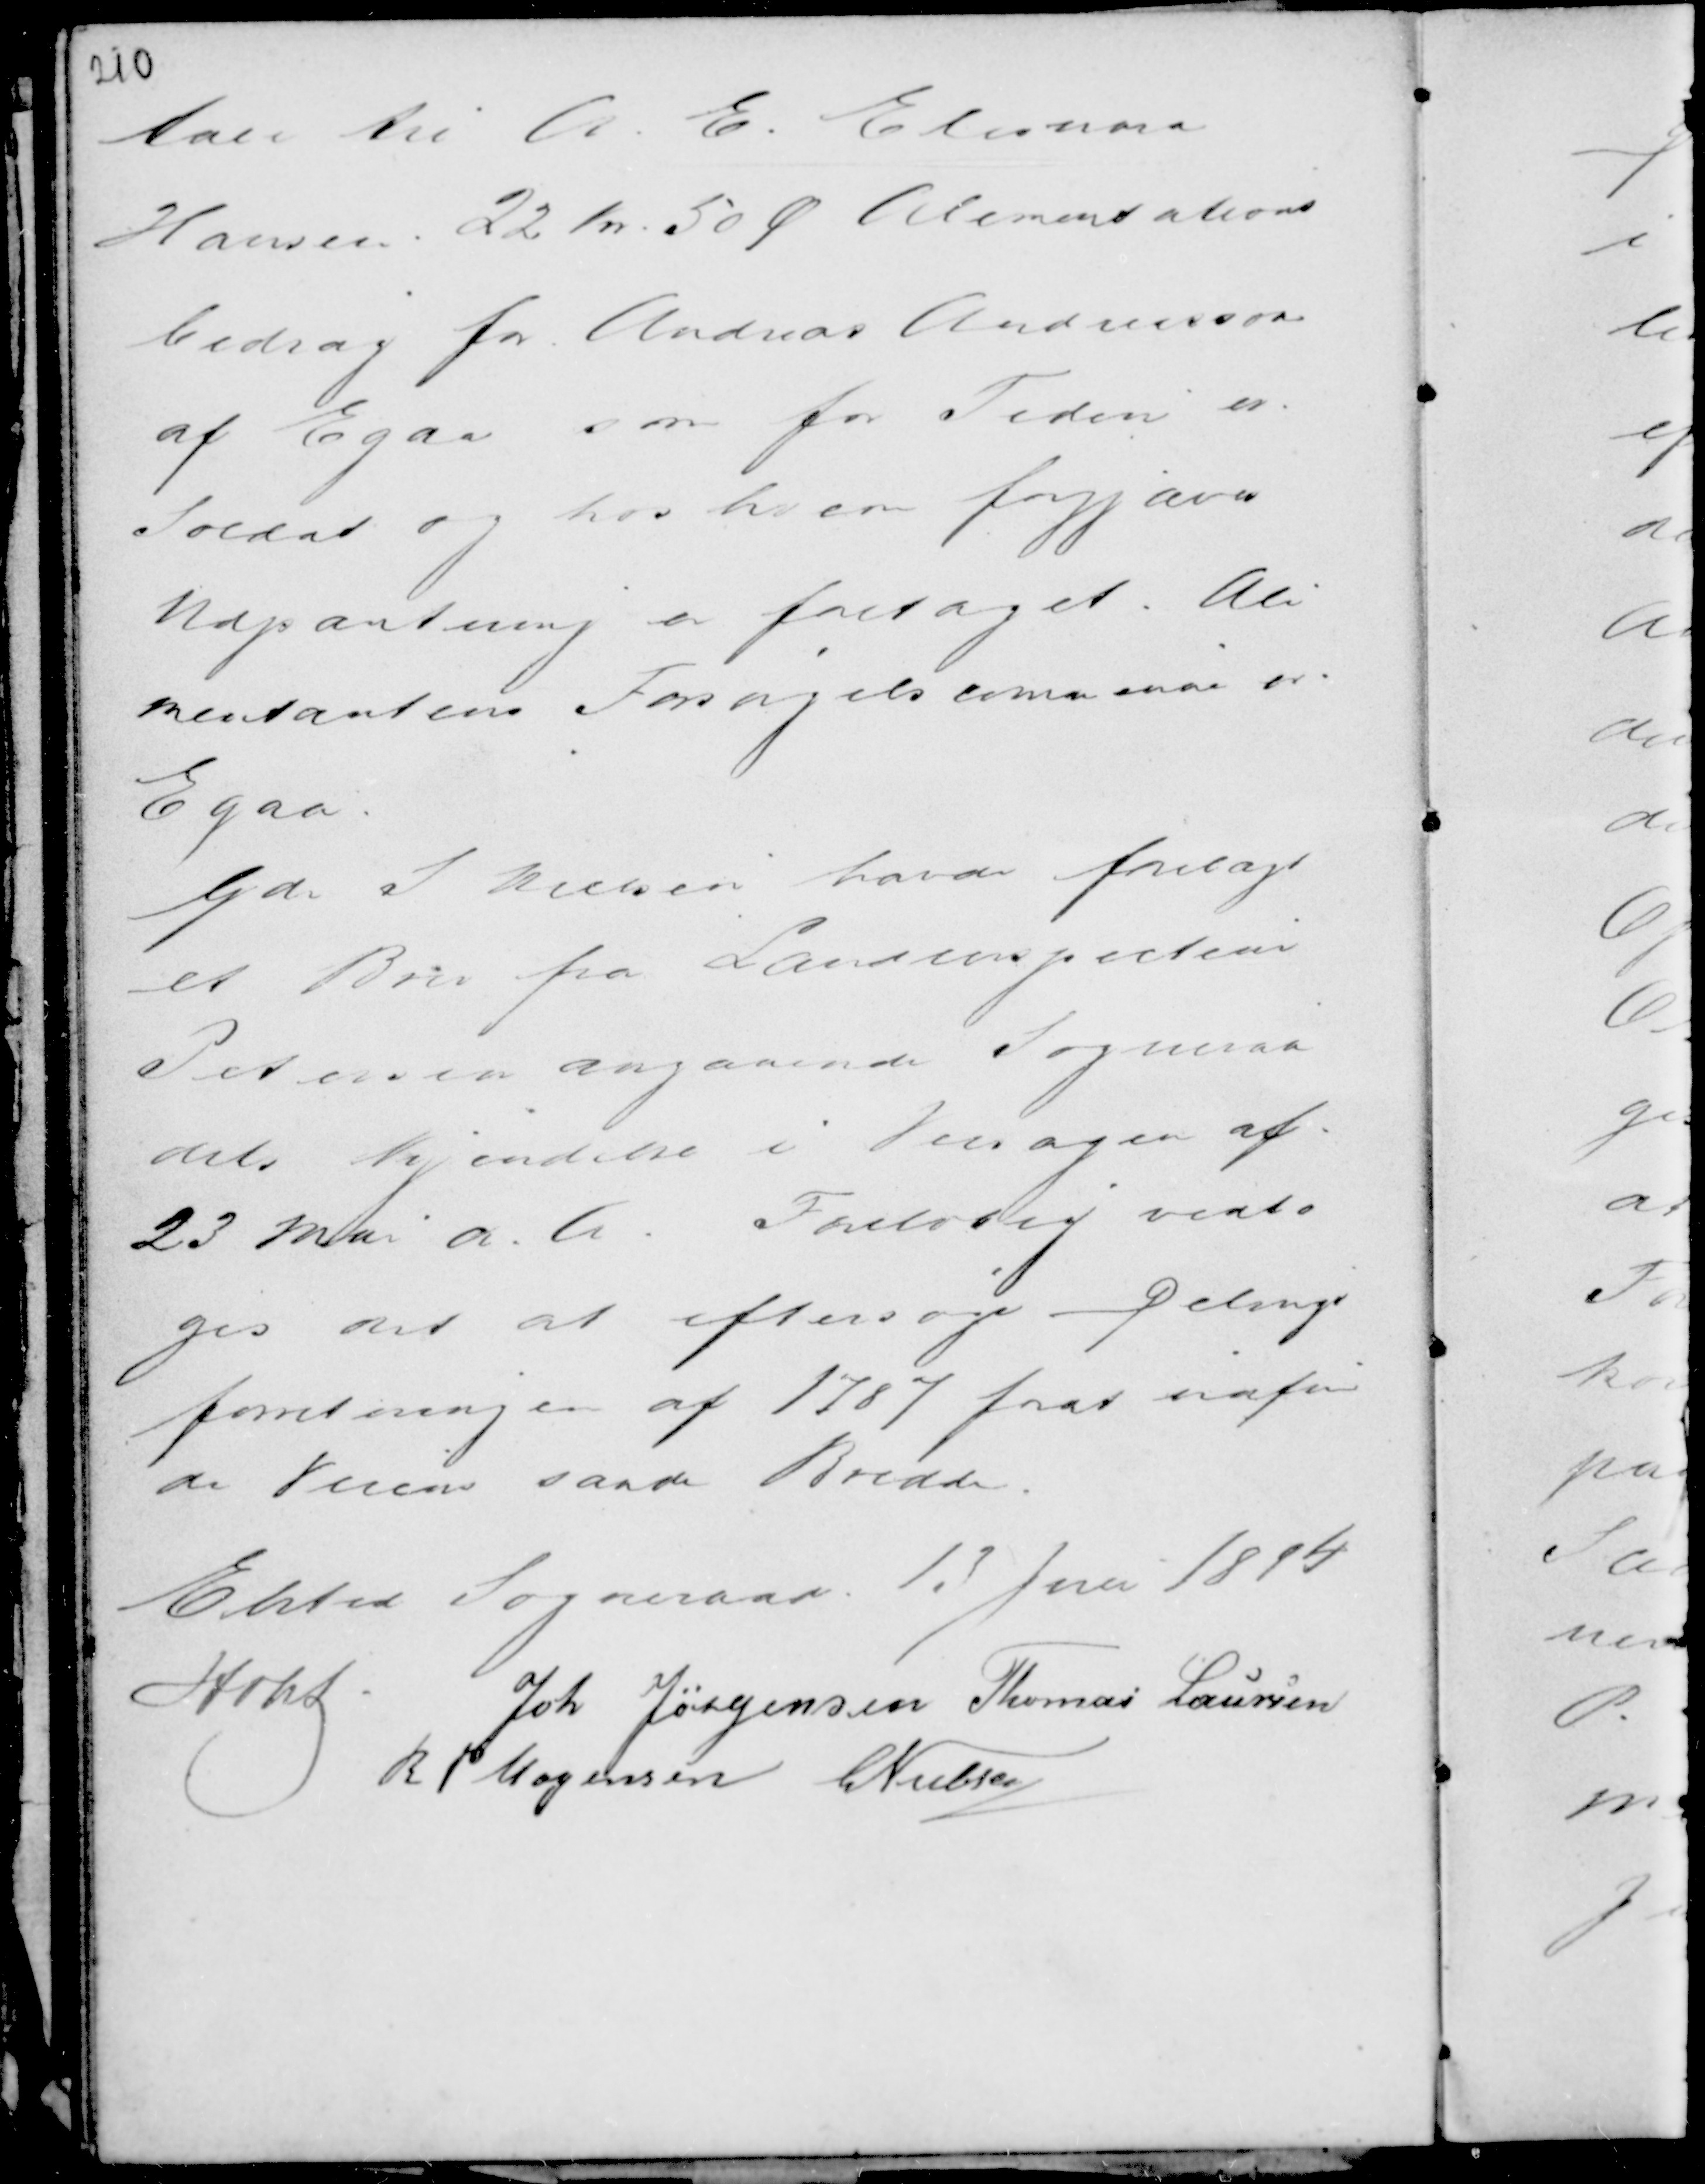
Transskription:
tale til A. E. Eleonora
Hansen . 22 Kr. 50 Ø Alimentations
bidrag for Andreas Andreasson
af Egaa som for Tiden er
Soldat og hos hvem forgjæves
Udpantning er foretaget. Ali
mentantens Forsørgelscommune er .
Egaa.

Gdr S Nielsen havde forelagt
et Brev fra Landinspecteur
Pedersen angaaende Sogneraa
dets kjendelse i Veisagen af
23 Mai . a. h. Foreløbig vedto
ges det at eftersøge Delings
forretningen af 1787 forat udføre
de Veiens sande Bredde.

Elsted Sogneraad 13 Juni 1894
Holst . Joh Jørgensen Thomas Laursen
R P Mogensen C Nielsen